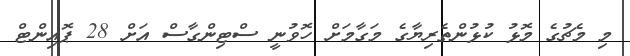
މި މެޗުގެ މޮޅު ކުޅުންތެރިޔާގެ މަގާމަށް ހޮވުނީ ސްޓިންގާސް އަށް 28 ޕޮއިންޓް